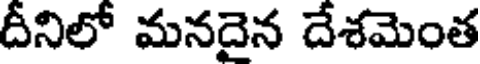
దీనిలో మనదైన దేశమెంత